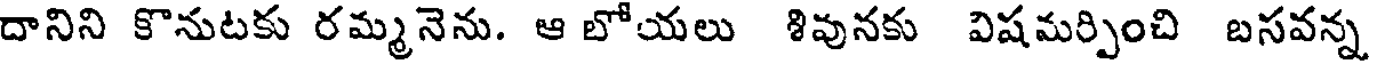
దానిని కొనుటకు రమ్మనెను. ఆ బోయలు శివునకు విషమర్పించి బసవన్న